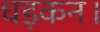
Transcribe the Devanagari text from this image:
धड़कन।